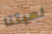
لعبتنا